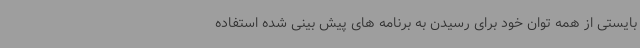
بایستی از همه توان خود برای رسیدن به برنامه های پیش بینی شده استفاده